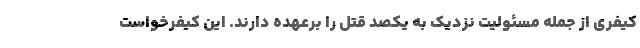
کیفری از جمله مسئولیت نزدیک به یکصد قتل را برعهده دارند. این کیفرخواست